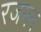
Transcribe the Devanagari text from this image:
रजमन